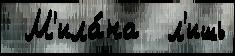
 М'ила́на  л'ишь